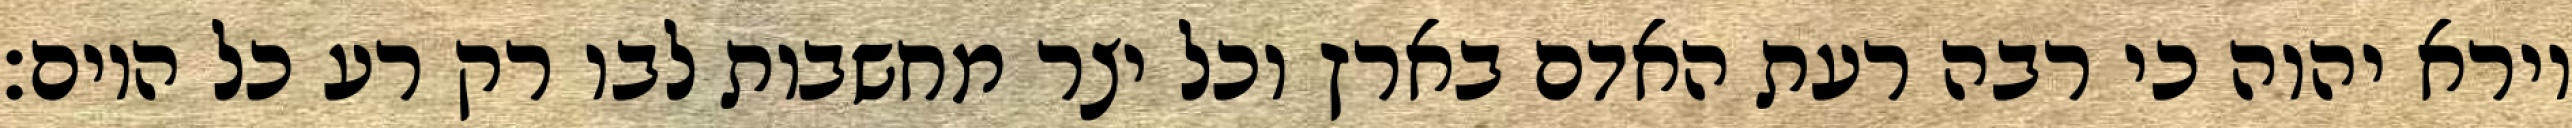
וירא יהוה כי רבה רעת האדם בארץ וכל יצר מחשבות לבו רק רע כל היום׃